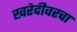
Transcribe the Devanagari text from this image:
खरेदीवरचा